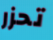
تحزر